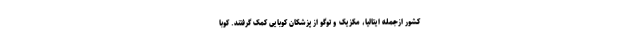
کشور ازجمله ایتالیا، مکزیک و توگو از پزشکان کوبایی کمک گرفتند. کوبا